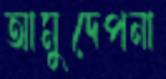
আমুদেপনা